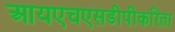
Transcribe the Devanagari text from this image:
आयएचएसडीपीकरिता